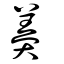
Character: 羹